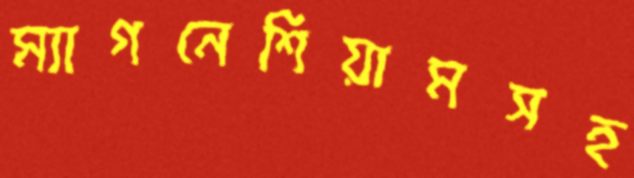
ম্যাগনেশিয়ামসহ